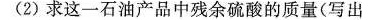
(2)求这一石油产品中残余硫酸的质量(写出